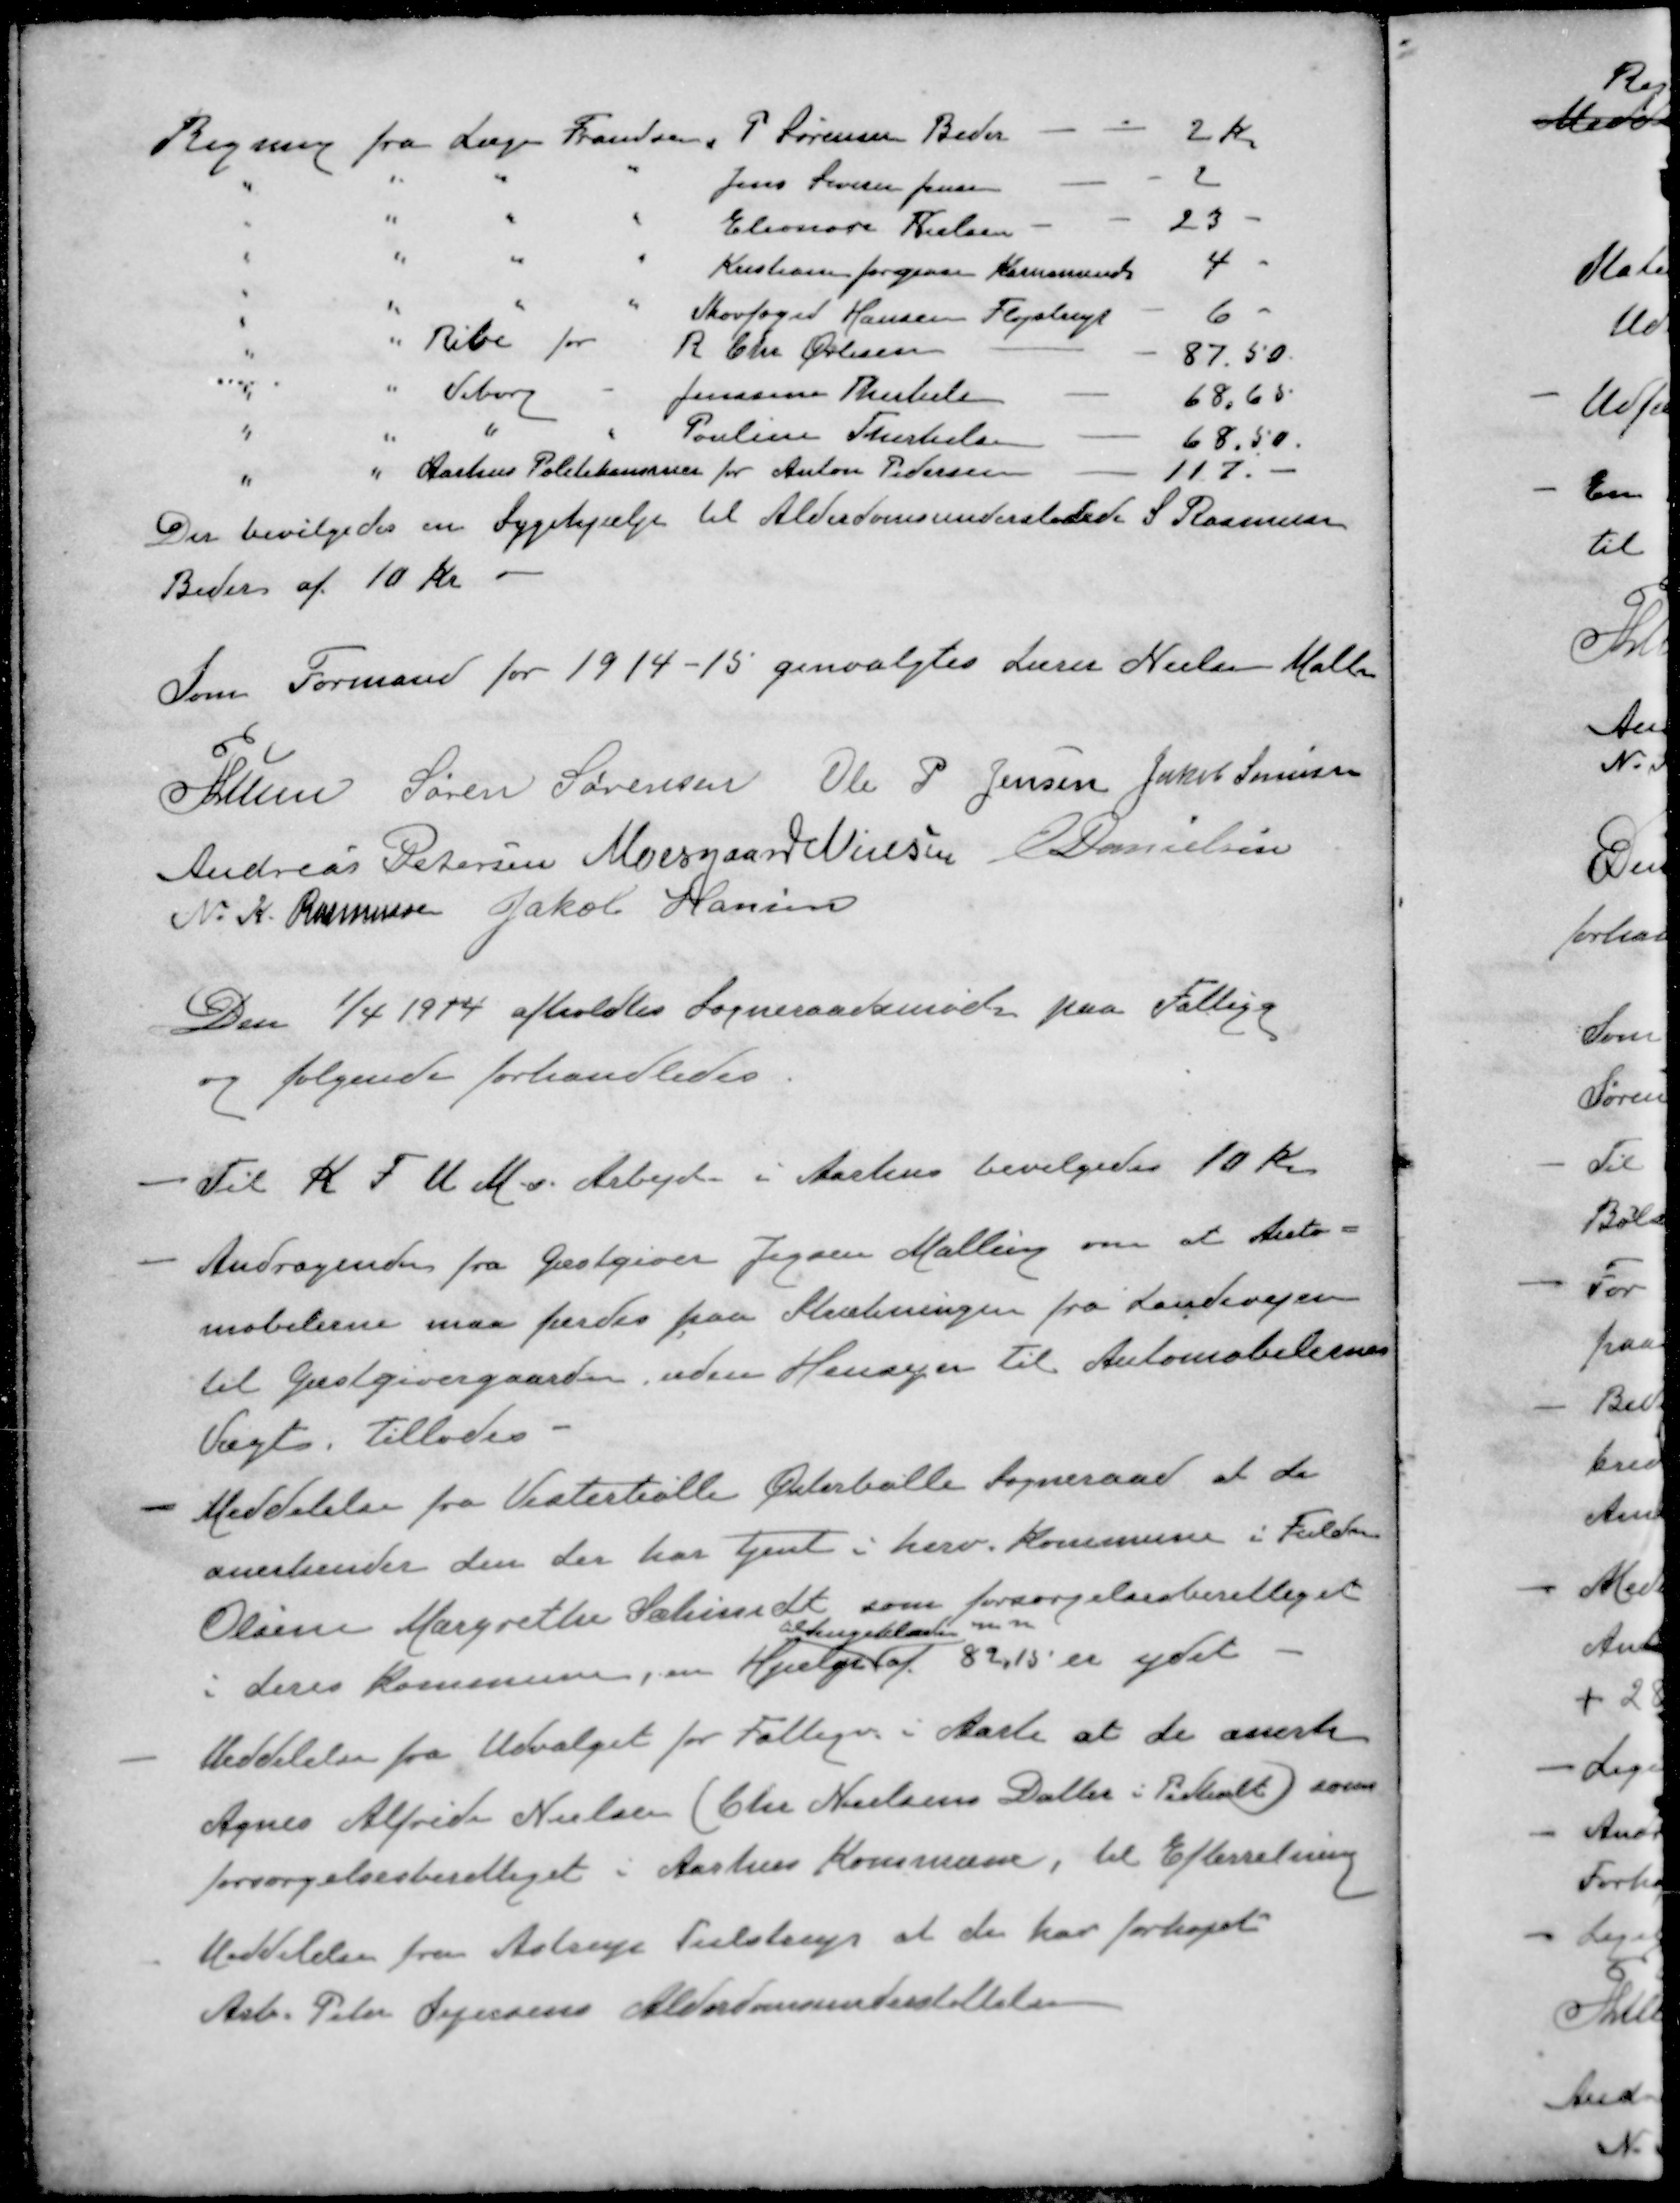
Transskription:
Regning fra Læge Frandsen, P. Sørensen Beder - - 2 Kr.
" " " " Jens Severin Jensen - - 2
" " " " Eleonore Nielsen - - 23 -
" " " " Kristiane Jørgensen Karensminde 4 -
" " " " Skovfoged Hansen Fløjstrup - 6 -
" " Ribe for R Chr Øvlisen - - 87.50
" " Viborg - Jenssine Therkelsen - 68,65
" " " " Pouline Therkelsen - 68,50
" " Aarhus Politikammer for Anton Pedersen - 117 -
Der bevilgedes en Sygehjælp til Alderdomsunderstøttede S. Rasmussen
Beder af 10 kr
Som Formand for 1914-15 genvalgtes Lærer Nielsen Malling
P Lunn
Søren Sørensen
Ole P Jensen
Jakob Sørensen
Andreas Petersen
Moesgaard Nielsen
E Danielsen
N. K. Rasmussen
Jakob Hansen
Den 1/4 1944 afholdtes Sogneraadsmøde paa Fattigg
og følgende forhandledes
- Til K. F. U. M. v. Arbejde i Aarhus bevilgedes 10 Kr
- Andragende fra Gæstgiver Jegsen Malling om at Auto-
mobilerne maa færdes paa Strækningen fra Landevejen
til Gæstgivergaarden, uden Hensyn til Automobilerne
Vægt, tillades
- Meddelelse fra Vesterbølle Østerbølle Sogneraad at de
anerkender den der har tjent i herv. Kommune i Fulden
Oline Margrethe Schmidt som forsørgelsesberettiget
tilSengeklæder m. m
i deres Kommune, en Hjælp af 82,15 er ydet 
- Meddelelse fra Udvalget for Fattige i Aarh at de anerke
Agnes Alfrida Nielsen (Chr Nielsens Datter i Pedholt) som
forsørgelsesberettiget i Aarhus Kommune, til Efterretning
- Meddelelse fra Astrup Tulstrup at de har forhøjet
Arb. Peter Sejersens Alderdomsunderstøttelse